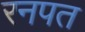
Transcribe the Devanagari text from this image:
रनपत